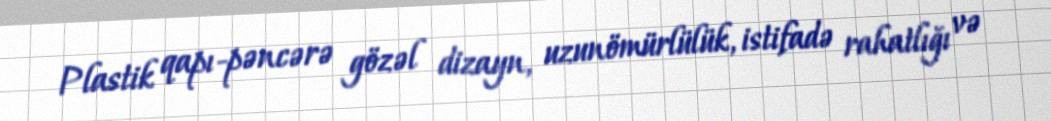
Plastik qapı-pəncərə gözəl dizayn, uzunömürlülük, istifadə rahatlığı və